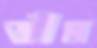
জীম